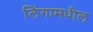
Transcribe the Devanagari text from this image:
लिंगामधील